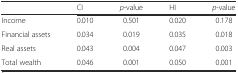
<table><thead><tr><td></td><td><b>CI</b></td><td><b><i>p</i>-value</b></td><td><b>HI</b></td><td><b><i>p</i>-value</b></td></tr></thead><tbody><tr><td>Income</td><td>0.010</td><td>0.501</td><td>0.020</td><td>0.178</td></tr><tr><td>Financial assets</td><td>0.034</td><td>0.019</td><td>0.035</td><td>0.018</td></tr><tr><td>Real assets</td><td>0.043</td><td>0.004</td><td>0.047</td><td>0.003</td></tr><tr><td>Total wealth</td><td>0.046</td><td>0.001</td><td>0.050</td><td>0.001</td></tr></tbody></table>